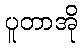
ပူတာအို